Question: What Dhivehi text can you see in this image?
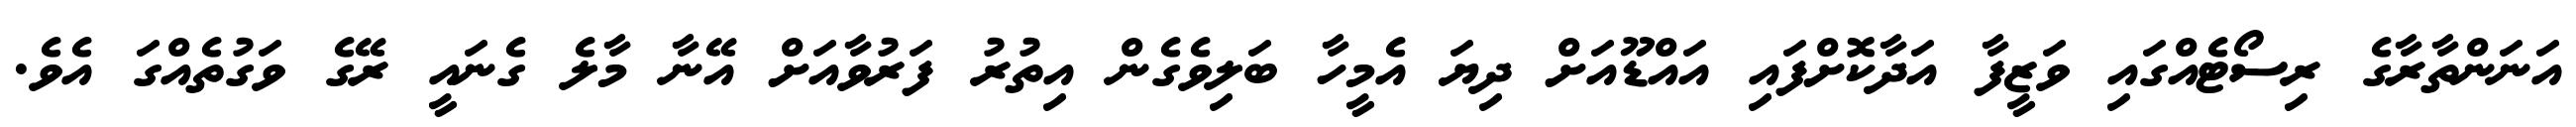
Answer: އަނަންތާރާގެ ރިސޯޓެއްގައި ވަޒީފާ އަދާކޮށްފައި އައްޑޫއަށް ދިޔަ އެމީހާ ބަލިވެގެން އިތުރު ފަރުވާއަށް އޭނާ މާލެ ގެނައީ ރޭގެ ވަގުތެއްގަ އެވެ.